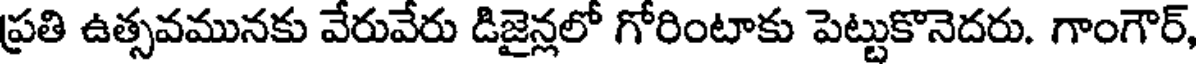
ప్రతి ఉత్సవమునకు వేరువేరు డిజైన్లలో గోరింటాకు పెట్టుకొనెదరు. గాంగౌర్